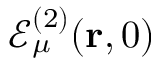
\mathcal { E } _ { \mu } ^ { ( 2 ) } ( \mathbf { r } , 0 )